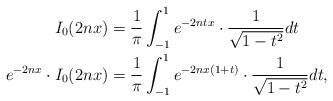
\begin{align*}I_0(2nx)&=\frac{1}{\pi}\int^{1}_{-1}{e^{-2ntx}\cdot \frac{1}{\sqrt{1-t^2}}dt}\\e^{-2nx}\cdot I_0(2nx)&=\frac{1}{\pi}\int^{1}_{-1}{e^{-2nx(1+t)}\cdot \frac{1}{\sqrt{1-t^2}}dt},\end{align*}